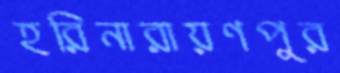
হরিনারায়ণপুর